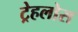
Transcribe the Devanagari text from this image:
ट्रेहलोस